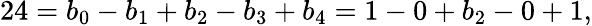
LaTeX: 24=b_{0}-b_{1}+b_{2}-b_{3}+b_{4}=1-0+b_{2}-0+1,